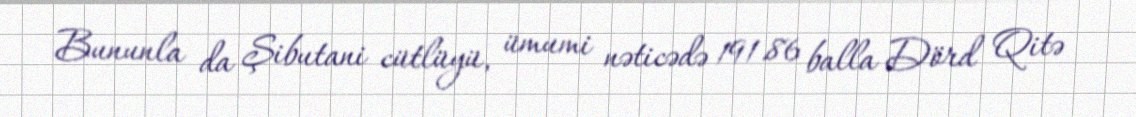
Bununla da Şibutani cütlüyü, ümumi nəticədə 191.86 balla Dörd Qitə